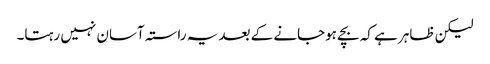
لیکن ظاہر ہے کہ بچے ہوجانے کے بعد یہ راستہ آسان نہیں رہتا۔